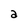
Character: a